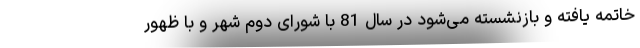
خاتمه یافته و بازنشسته می‌شود در سال 81 با شورای دوم شهر و با ظهور